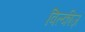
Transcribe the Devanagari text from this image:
विल्कीज़